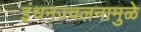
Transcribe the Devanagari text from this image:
इंधनज्वलनामुळे